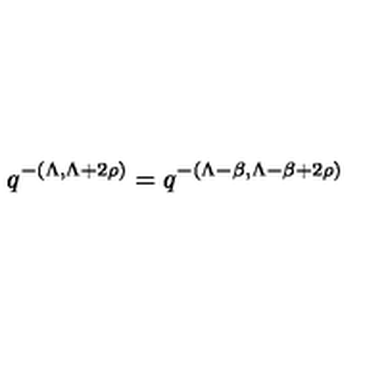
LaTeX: q ^ { - ( \Lambda , \Lambda + 2 \rho ) } = q ^ { - ( \Lambda - \beta , \Lambda - \beta + 2 \rho ) }